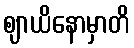
ဈာယိနောမှာတိ